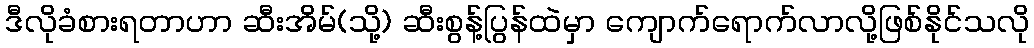
ဒီလိုခံစားရတာဟာ ဆီးအိမ်(သို့) ဆီးစွန့်ပြွန်ထဲမှာ ကျောက်ရောက်လာလို့ဖြစ်နိုင်သလို